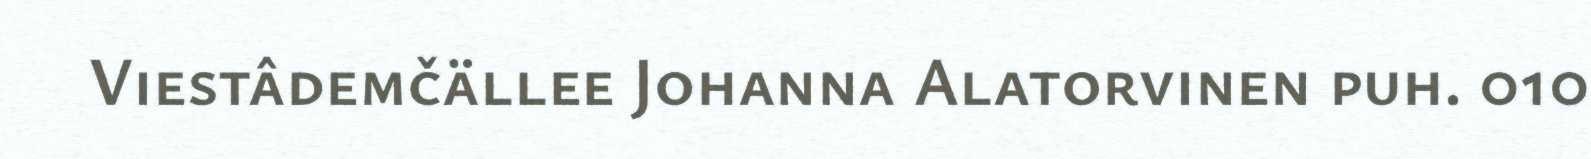
Viestâdemčällee Johanna Alatorvinen puh. 010